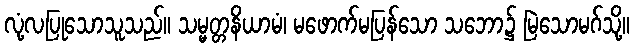
လုံ့လပြုသောသူသည်။ သမ္မတ္တနိယာမံ၊ မဖောက်မပြန်သော သဘော၌ မြဲသောမဂ်သို့။